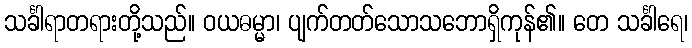
သင်္ခါရာတရားတို့သည်။ ဝယဓမ္မာ၊ ပျက်တတ်သောသဘောရှိကုန်၏။ တေ သင်္ခါရေ၊